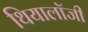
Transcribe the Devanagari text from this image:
थियालॉजी